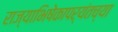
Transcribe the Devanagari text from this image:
राज्याभिषेकापर्यंतच्या